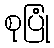
စုပြုံ